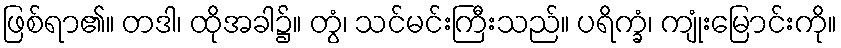
ဖြစ်ရာ၏။ တဒါ၊ ထိုအခါ၌။ တွံ၊ သင်မင်းကြီးသည်။ ပရိက္ခံ၊ ကျုံးမြောင်းကို။